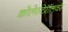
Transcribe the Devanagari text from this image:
कोलेस्टेरॉलवर